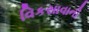
વિકસાવાની